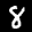
Label: 8